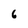
Character: 6